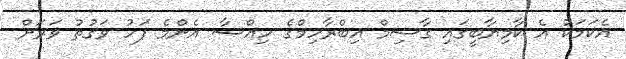
އެކަމަކު އެ ކާމިޔާބީގައި ގާސިމް އިބްރާހިމްގެ ހިއްސާ އެންމެ ފަހު ވަގުތު ވަރަށް